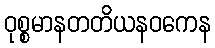
ဝုစ္စမာနတတိယနဝကေန